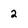
Character: 2